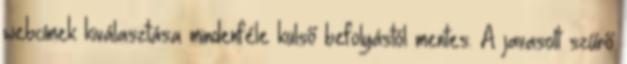
webcímek kiválasztása mindenféle külső befolyástól mentes. A javasolt szűrő